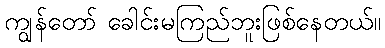
ကျွန်တော် ခေါင်းမကြည်ဘူးဖြစ်နေတယ်။